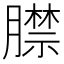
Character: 𦡞